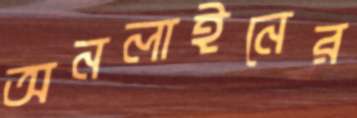
অনলাইনের